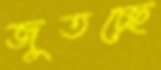
জুতচ্ছে